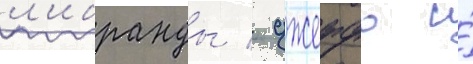
л'ибранды / джеффо и́